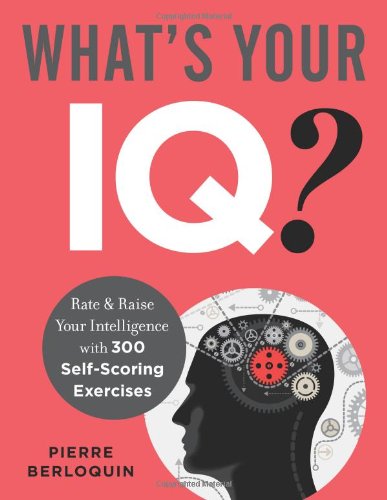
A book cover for What's Your IQ?: Rate & Raise Your Intelligence with 300 Self-Scoring Exercises; Pierre Berloquin; Humor & Entertainment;